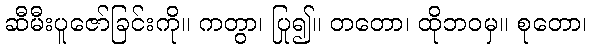
ဆီမီးပူဇော်ခြင်းကို။ ကတွာ၊ ပြု၍။ တတော၊ ထိုဘဝမှ။ စုတော၊